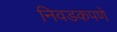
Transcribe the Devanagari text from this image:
निवडकपणे